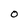
Character: 0